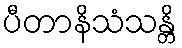
ပီတာနိသံသန္တိ